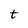
Character: t